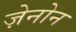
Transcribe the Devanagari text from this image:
ज़ेनोन